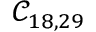
\mathcal { C } _ { 1 8 , 2 9 }